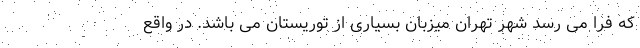
که فرا می رسد شهر تهران میزبان بسیاری از توریستان می باشد. در واقع